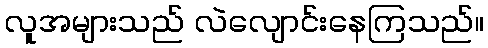
လူအများသည် လဲလျောင်းနေကြသည်။